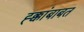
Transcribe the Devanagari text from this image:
ह्क्कांबाबत